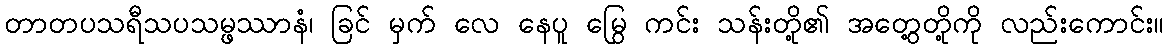
တာတပသရီသပသမ္ဖဿာနံ၊ ခြင် မှက် လေ နေပူ မြွေ ကင်း သန်းတို့၏ အတွေ့တို့ကို လည်းကောင်း။